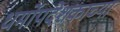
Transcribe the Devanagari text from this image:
धर्मोपदेशकाच्या